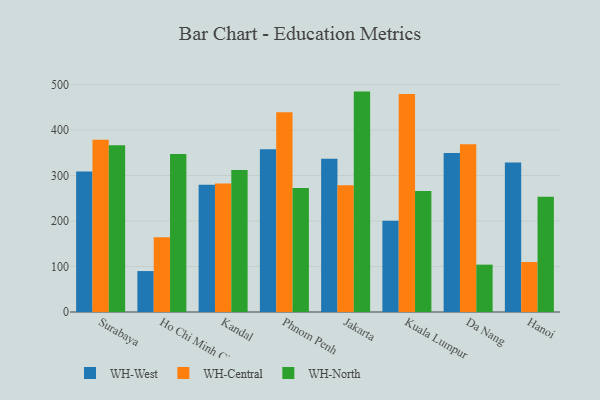
{"axis": {"x": "City", "y": "Budget (USD K)"}, "legend": ["WH-Central", "WH-North", "WH-West"], "data": [{"x": "Surabaya", "y": 308.6, "type": "WH-West"}, {"x": "Surabaya", "y": 378.9, "type": "WH-Central"}, {"x": "Surabaya", "y": 366.5, "type": "WH-North"}, {"x": "Ho Chi Minh City", "y": 90.0, "type": "WH-West"}, {"x": "Ho Chi Minh City", "y": 164.4, "type": "WH-Central"}, {"x": "Ho Chi Minh City", "y": 347.5, "type": "WH-North"}, {"x": "Kandal", "y": 280.0, "type": "WH-West"}, {"x": "Kandal", "y": 282.4, "type": "WH-Central"}, {"x": "Kandal", "y": 311.9, "type": "WH-North"}, {"x": "Phnom Penh", "y": 357.5, "type": "WH-West"}, {"x": "Phnom Penh", "y": 439.2, "type": "WH-Central"}, {"x": "Phnom Penh", "y": 272.5, "type": "WH-North"}, {"x": "Jakarta", "y": 336.9, "type": "WH-West"}, {"x": "Jakarta", "y": 278.5, "type": "WH-Central"}, {"x": "Jakarta", "y": 484.5, "type": "WH-North"}, {"x": "Kuala Lumpur", "y": 200.5, "type": "WH-West"}, {"x": "Kuala Lumpur", "y": 479.4, "type": "WH-Central"}, {"x": "Kuala Lumpur", "y": 266.1, "type": "WH-North"}, {"x": "Da Nang", "y": 349.5, "type": "WH-West"}, {"x": "Da Nang", "y": 368.5, "type": "WH-Central"}, {"x": "Da Nang", "y": 104.1, "type": "WH-North"}, {"x": "Hanoi", "y": 328.9, "type": "WH-West"}, {"x": "Hanoi", "y": 109.8, "type": "WH-Central"}, {"x": "Hanoi", "y": 253.5, "type": "WH-North"}]}